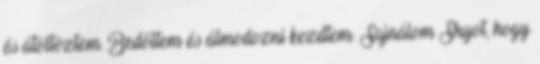
és átöltöztem. Bedőltem és álmodozni kezdtem. Sajnálom Shyot, hogy